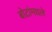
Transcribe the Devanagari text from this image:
बोटांमधले